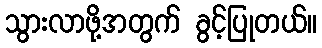
သွားလာဖို့အတွက် ခွင့်ပြုတယ်။